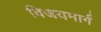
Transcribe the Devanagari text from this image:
विजयमार्ग